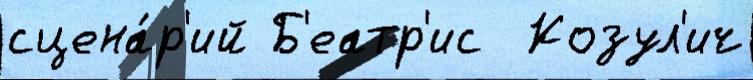
сцена́р'ий Б'еатр'ис  Козул'ич